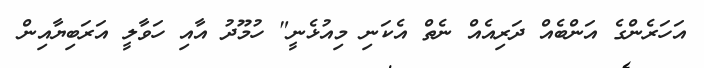
އަހަރެންގެ އަންބެއް ދަރިއެއް ނެތް އެކަނި މިއުޅެނީ" ހުމޫދު އާއި ހަވާލީ އަރަބިޔާއިން